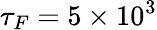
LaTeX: \tau_{F}=5\times 10^{3}